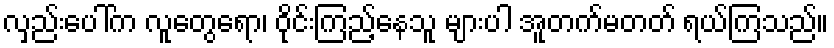
လှည်းပေါ်က လူတွေရော၊ ဝိုင်းကြည့်နေသူ များပါ အူတက်မတတ် ရယ်ကြသည်။